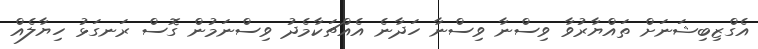
އެގްޒިބިޝަނަށް ތައްޔާރުވާ ވިސްނާ ވިސްނާ ހަދާނެ އެއްޗަކާމެދު ވިސްނަމުން ގޮސް ރަނގަޅު ހިޔާލެއް